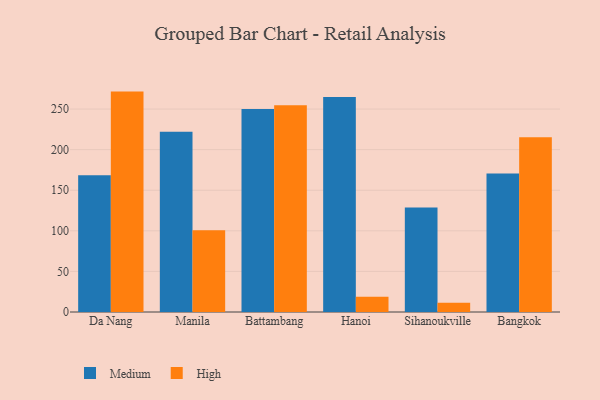
{"axis": {"x": "City", "y": "Headcount"}, "legend": ["High", "Medium"], "data": [{"x": "Da Nang", "y": 168.4, "type": "Medium"}, {"x": "Da Nang", "y": 271.5, "type": "High"}, {"x": "Manila", "y": 221.9, "type": "Medium"}, {"x": "Manila", "y": 100.6, "type": "High"}, {"x": "Battambang", "y": 250.1, "type": "Medium"}, {"x": "Battambang", "y": 254.8, "type": "High"}, {"x": "Hanoi", "y": 264.8, "type": "Medium"}, {"x": "Hanoi", "y": 18.7, "type": "High"}, {"x": "Sihanoukville", "y": 128.6, "type": "Medium"}, {"x": "Sihanoukville", "y": 11.5, "type": "High"}, {"x": "Bangkok", "y": 170.5, "type": "Medium"}, {"x": "Bangkok", "y": 215.4, "type": "High"}]}